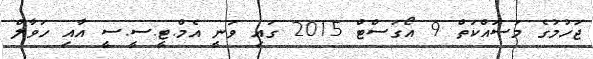
ޖަހުމުގެ މަސައްކަތް 9 އޯގަސްޓް 2015 ގައި ވަނީ އެމް.ޓީ.ސީ.ސީ އާއި ހަވާލް